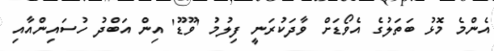
އެންމެ މޮޅު ބަތަލުގެ އެވޯޑަށް ވާދަކުރަނީ ފިލުމު 'ވޫޑޫ' އިން އަބްދު ހުސައިންއާއި